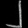
Digit: ၂